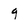
Character: 9